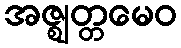
အဇ္ဈတ္တမေဝ